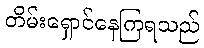
တိမ်းရှောင်နေကြရသည်